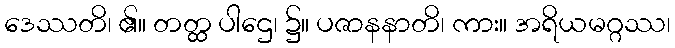
ဒေဿတိ၊ ၏။ တတ္ထ ပါဌေ၊ ၌။ ပဇာနနာတိ၊ ကား။ အရိယမဂ္ဂဿ၊